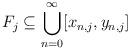
LaTeX: \begin{align*} F_j \subseteq \bigcup_{n=0}^\infty [x_{n,j},y_{n,j}]\end{align*}